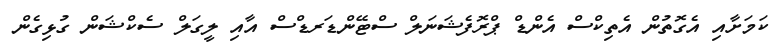
ކަމަށާއި އެގޮތުން އެތިކްސް އެންޑް ޕްރޮފެޝަނަލް ސްޓޭންޑަރޑްސް އާއި ލީގަލް ސެކްޝަން ގުޅިގެން